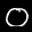
Label: 0